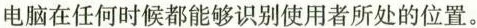
电脑在任何时候都能够识别使用者所处的位置。